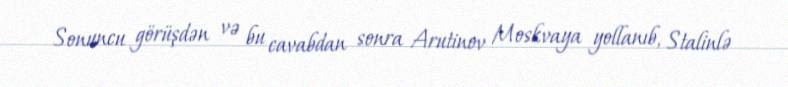
Sonuncu görüşdən və bu cavabdan sonra Arutinov Moskvaya yollanıb, Stalinlə